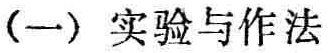
（一）实验与作法